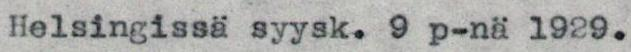
Helsingissä syysk. 9 p-nä 1929.